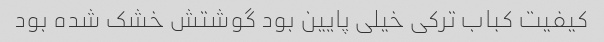
کیفیت کباب ترکی خیلی پایین بود گوشتش خشک شده بود